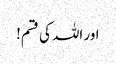
اور اللہ کی قسم!